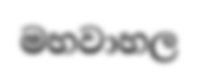
මහවාහල